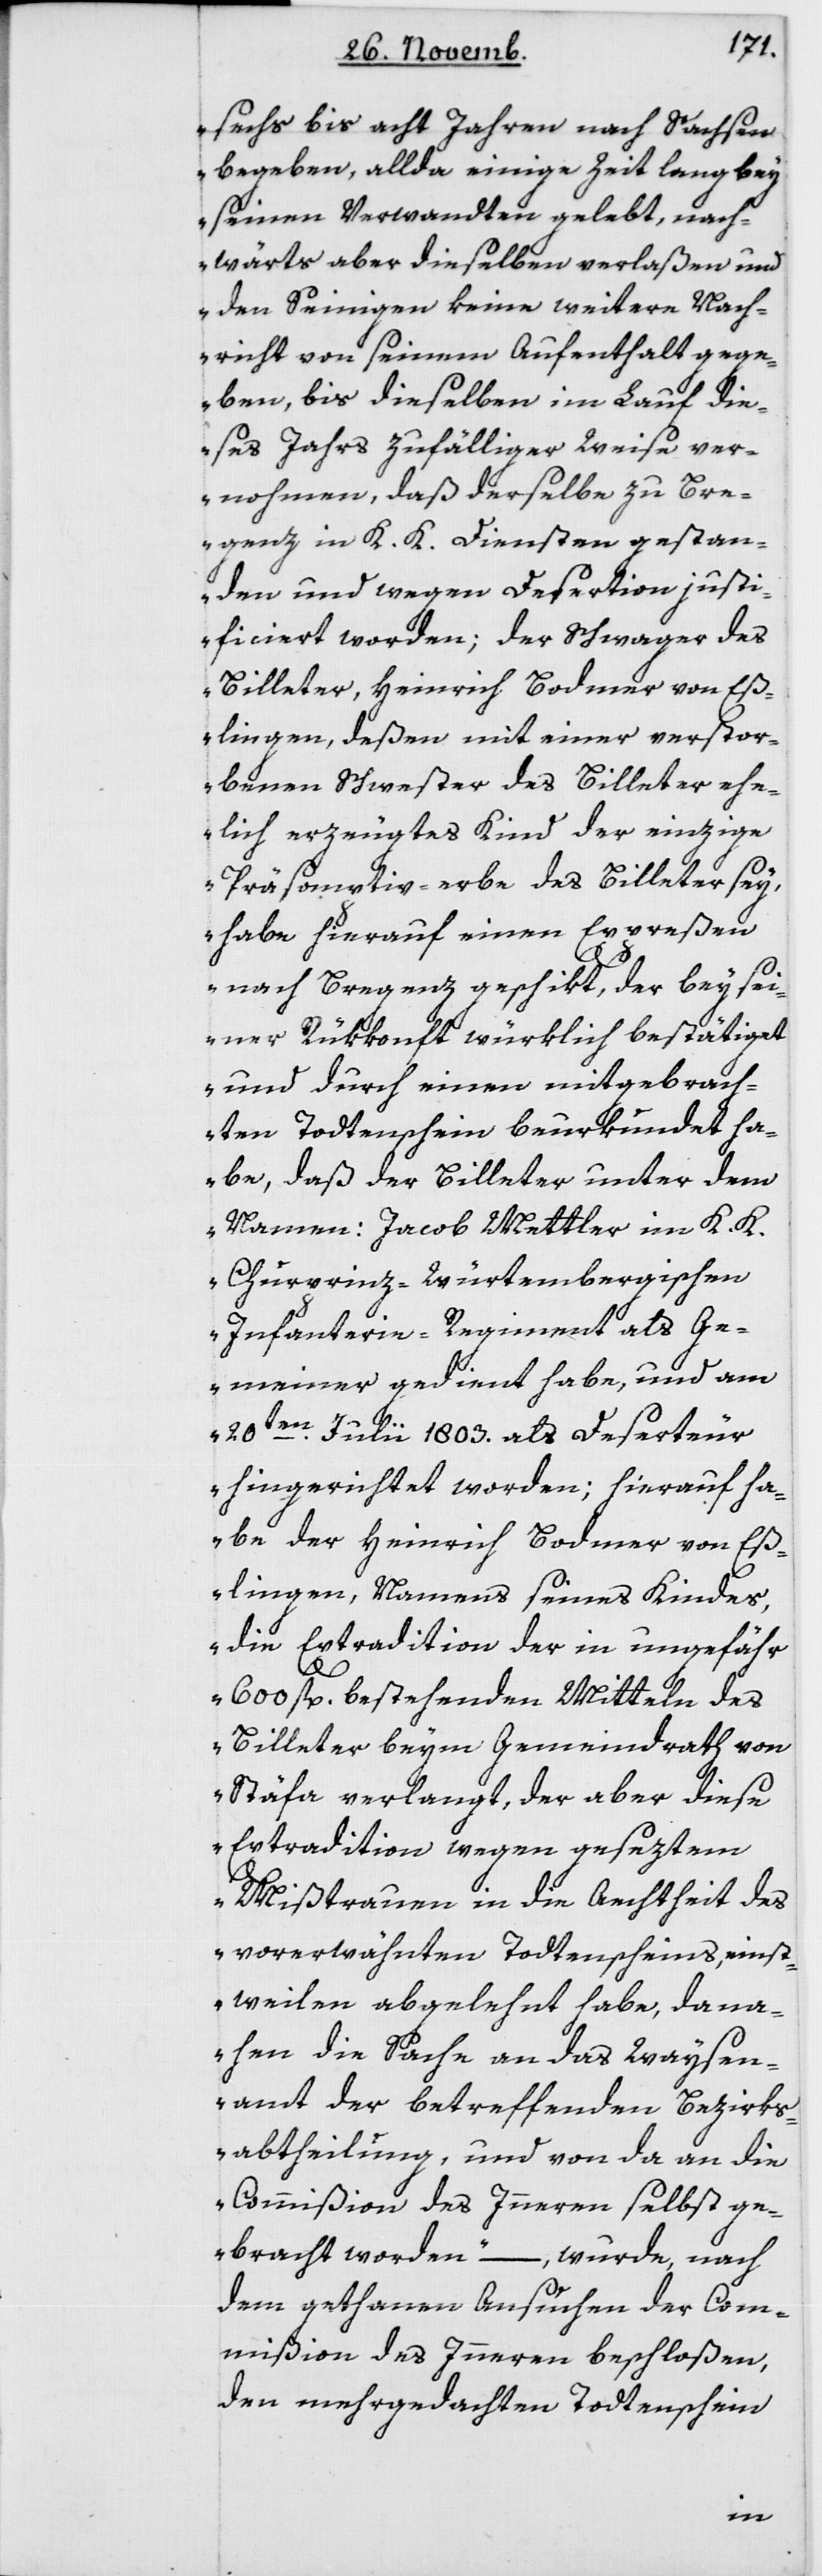
sechs bis acht Jahren nach Sachsen
begeben, allda einige Zeit lang bey
seinen Verwandten gelebt, nach¬
wärts aber dieselben verlaßen und
den Seinigen keine weitere Nach¬
richt von seinem Aufenthalt gege¬
ben, bis dieselben im Lauf die¬
ses Jahrs zufälligerweise ver¬
nohmen, daß derselbe zu Bre¬
genz in K. K. Diensten gestan¬
den und wegen Desertion justi¬
ficiert worden; der Schwager des
Billeter, Heinrich Bodmer von Eß¬
lingen, deßen mit einer verstor¬
benen Schwester des Billeter ehe¬
lich erzeugtes Kind der einzige
Präsomptiv-erbe des Billeter sey,
habe hierauf einen Expreßen
nach Bregenz geschikt, der bey sei¬
ner Rükkonft würklich bestätiget
und durch einen mitgebrach¬
ten Todtenschein beurkundet ha¬
be, daß der Billeter unter dem
Namen Jacob Mettler im K. K.
Churprinz-Würtembergischen
Infanterie-Regiment als Ge¬
meiner gedient habe, und am
20ten Julii 1803 als Deserteur
hingerichtet worden; hierauf ha¬
be der Heinrich Bodmer von Eß¬
lingen, namens seines Kindes,
die Extradition der in ungefähr
600 fl. bestehenden Mitteln des
Billeter beim Gemeindrath von
Stäfa verlangt, der aber diese
Extradition wegen geseztem
Mißtrauen in die Aechtheit des
vorerwähnten Todtenscheins, einst¬
weilen abgelehnt habe, da na¬
hen die Sache an das Waysen¬
amt der betreffenden Bezirks¬
abtheilung und von da an die
Commißion des Inneren selbst ge¬
bracht worden“ – wurde, nach
dem gethanen Ansuchen der Com¬
mißion des Inneren beschloßen,
den mehrgedachten Todtenschein